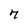
Character: 7